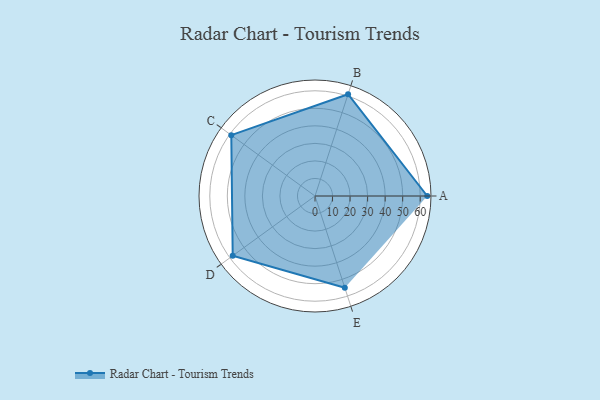
{"axis": {"x": "Skill", "y": "Score"}, "legend": ["Profile"], "data": [{"x": "A", "y": 64.0, "type": "Profile"}, {"x": "B", "y": 61.0, "type": "Profile"}, {"x": "C", "y": 59.0, "type": "Profile"}, {"x": "D", "y": 58.0, "type": "Profile"}, {"x": "E", "y": 55.0, "type": "Profile"}]}